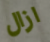
ازال